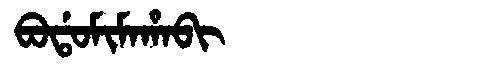
Manchu: ᠪᠣᡩᠣᠮᡳᠮᠠᡥᠠᠪᡳ
Romanization: BODOMIMAHABI